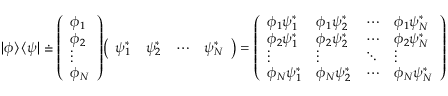
| \phi \rangle \, \langle \psi | \doteq { \left( \begin{array} { l } { \phi _ { 1 } } \\ { \phi _ { 2 } } \\ { \vdots } \\ { \phi _ { N } } \end{array} \right) } { \left( \begin{array} { l l l l } { \psi _ { 1 } ^ { * } } & { \psi _ { 2 } ^ { * } } & { \cdots } & { \psi _ { N } ^ { * } } \end{array} \right) } = { \left( \begin{array} { l l l l } { \phi _ { 1 } \psi _ { 1 } ^ { * } } & { \phi _ { 1 } \psi _ { 2 } ^ { * } } & { \cdots } & { \phi _ { 1 } \psi _ { N } ^ { * } } \\ { \phi _ { 2 } \psi _ { 1 } ^ { * } } & { \phi _ { 2 } \psi _ { 2 } ^ { * } } & { \cdots } & { \phi _ { 2 } \psi _ { N } ^ { * } } \\ { \vdots } & { \vdots } & { \ddots } & { \vdots } \\ { \phi _ { N } \psi _ { 1 } ^ { * } } & { \phi _ { N } \psi _ { 2 } ^ { * } } & { \cdots } & { \phi _ { N } \psi _ { N } ^ { * } } \end{array} \right) }